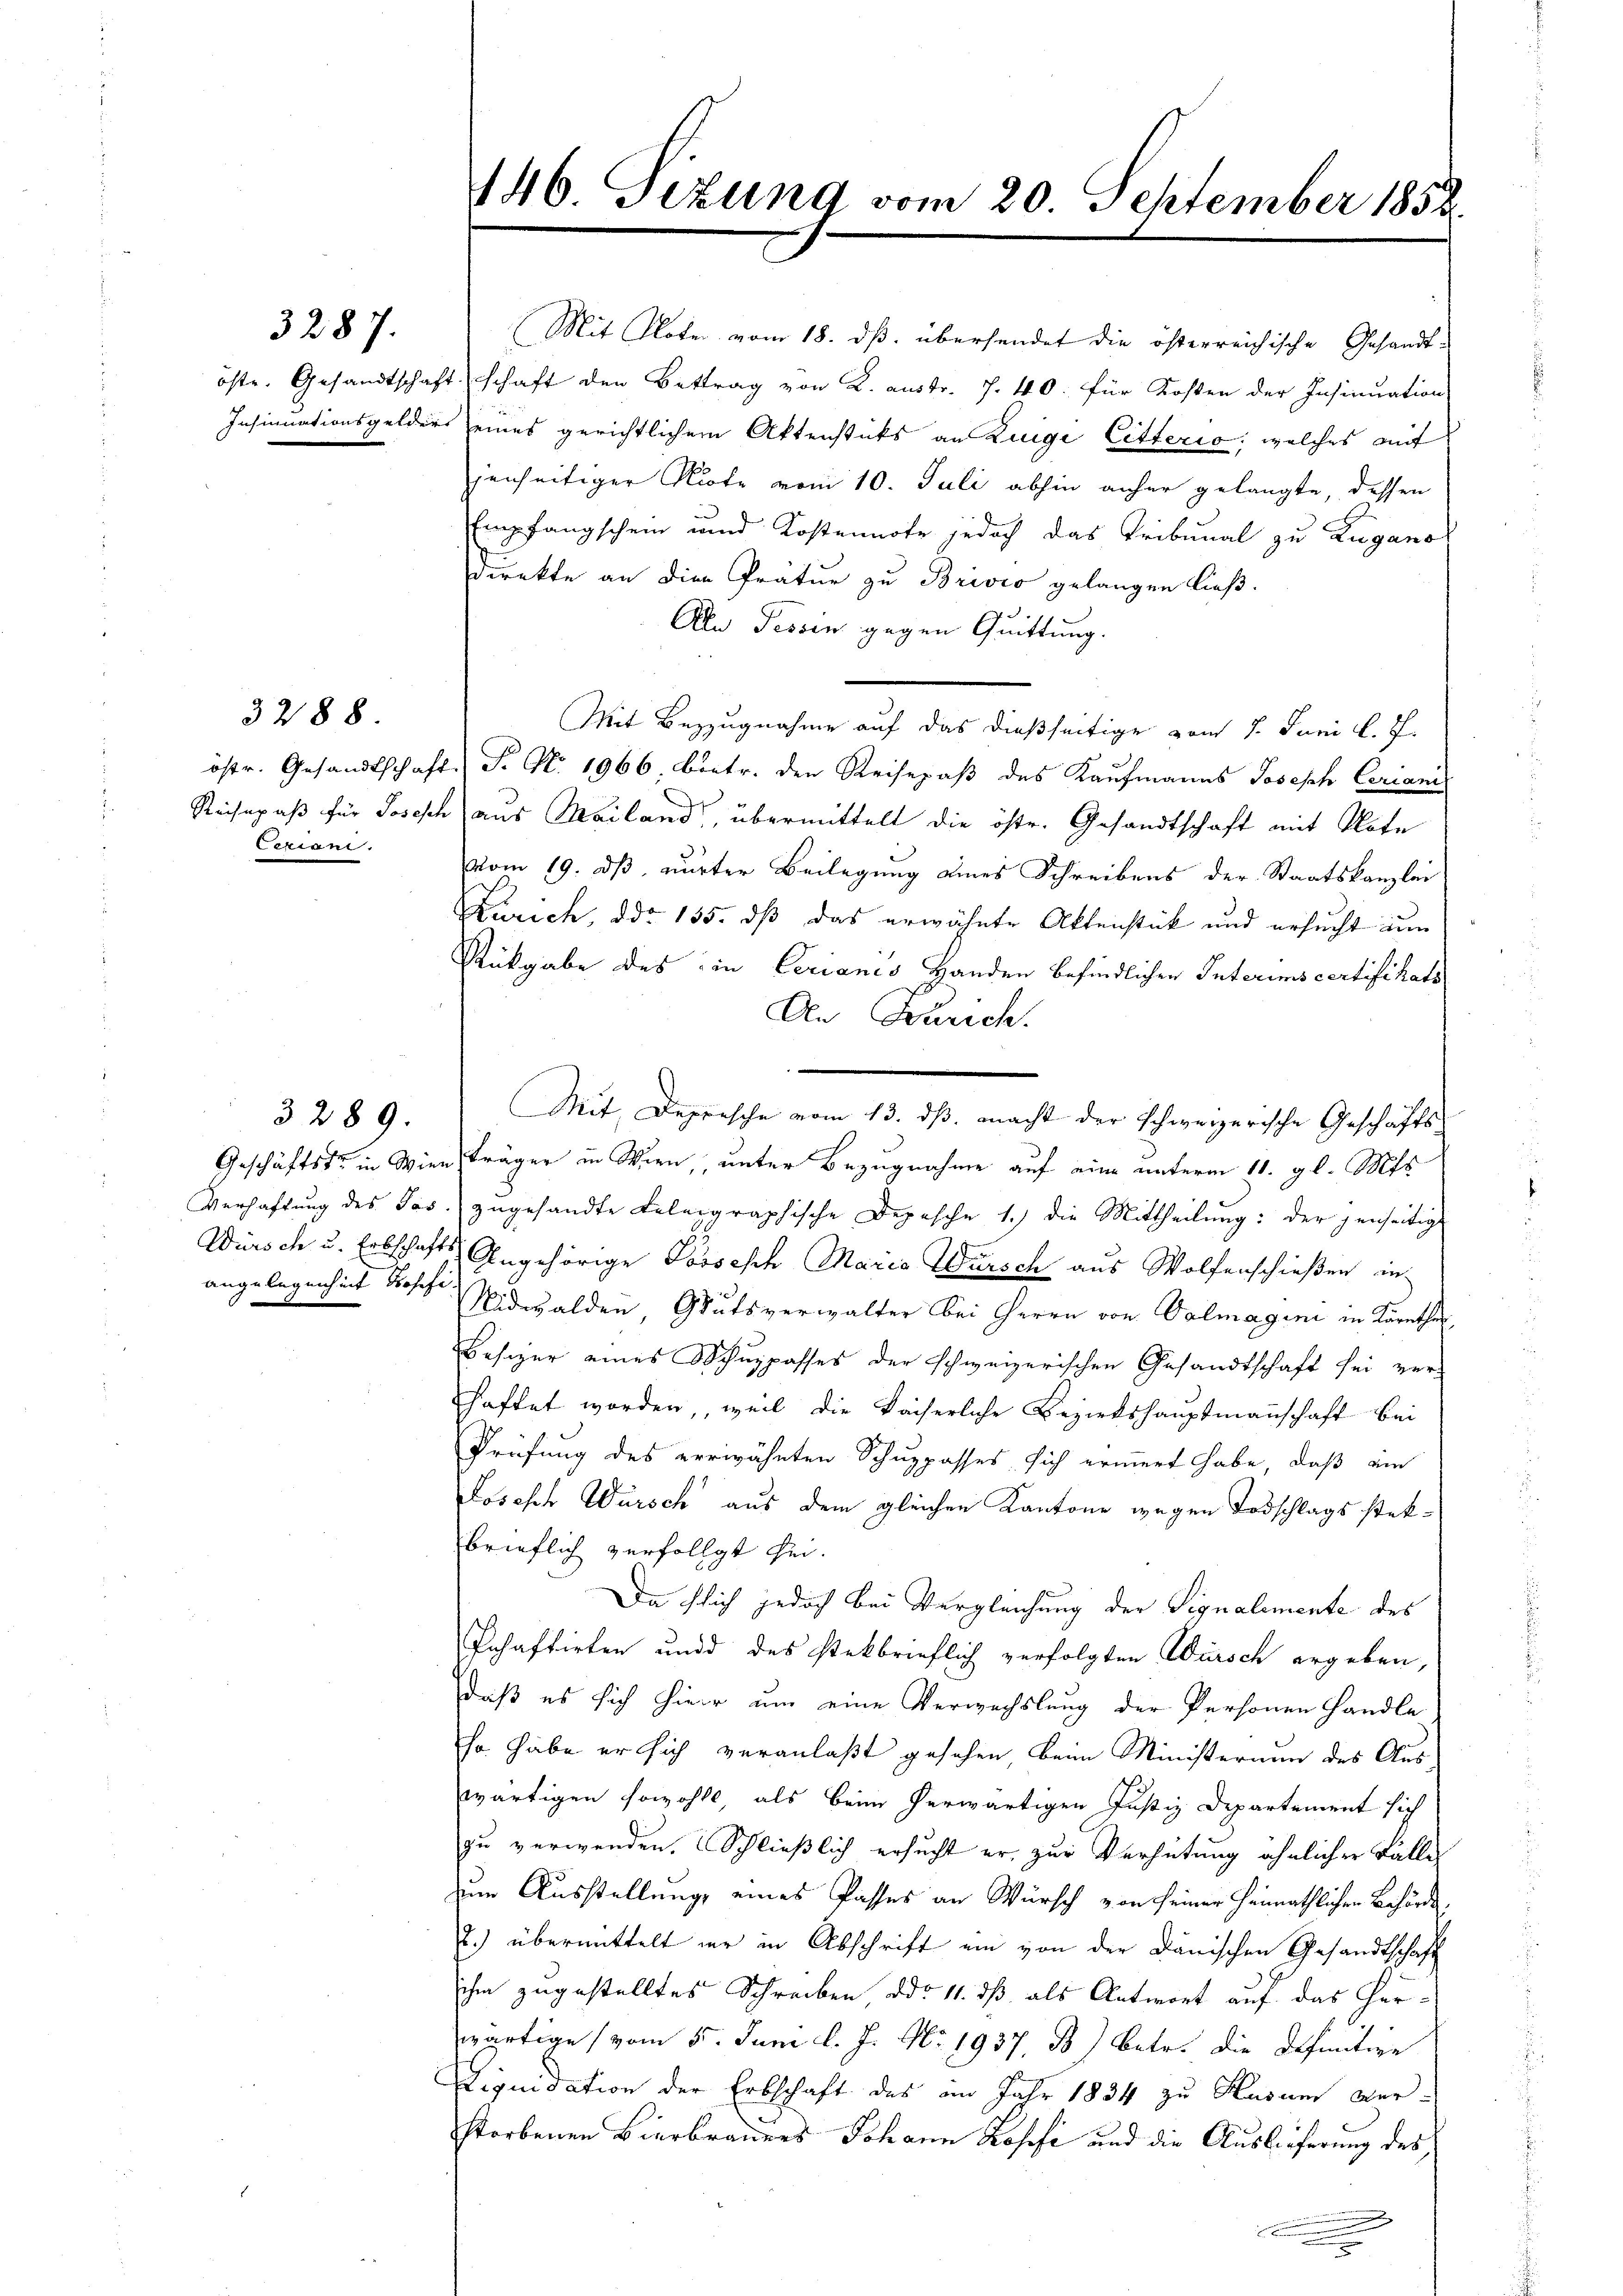
öste. Gesandtschaft

3287.

3288.

östr. Gesandtschaft
Reisepaß für Josesch
Cerian.

Geschäftst in Wien
Verhaftung des Pas
Würsch u. Erbschaft
angelegenheit Poschi

3289.

146. Sezung vom 20. September 1852

(Mit Noter vom 18. ds. übersendet die österreichische Gesandt-
2.schaft den Bettrag von K. austr. 7. 40. für Kosten der Insinuation
Insinuationsgelders eines gerichtlichem Aktenstücks an Luigi Citterio, welches mit
jenseitiger Note vom 10. Juli abhin anher gelangte, dessen
Empfangschein und Kostennote jedoch das Tribunal zu Lugano
Direkte an die Prätur zu Brivio gelangen ließ.
Aln Tessin gegen Quittung.
Mit Bezugnahme auf das dießseitige vom 7. Juni l. J.
d. Fr. No. 1966. betr. den Reisepaß des Kaufmanns Joseph Cerianis
aus Mailand, übermittelt die öste. Gesandtschaft mit Note
vom 19. dß vurter Beilegung eines Schreibens der Staatskanzlei
Zürich, ddo 135. dß das erwähnte Aktenstück und ersucht un
Rückgabe des in Cerianis Handen befindlichen Interims certifikats
An Zürich.
Fräger in Wien,, unter Bezugnahme auf eine unterm 11. gl. Mts.
zugesandte Belegraphische Depesche 1.) die Mittheilung: der jenseitigt
 Angehörige Possesch Maria Wursch aus Wolfenschießen in
Nidwalden Gutsverwalter bei Herrn von Valmagini in Kärnthe
Besizer eines Schuppasses der schweizerischen Gesandtschaft sei ver-
haftet worden, weil die kaiserliche Bezirkshauptmannschaft bei
Prüfung des verwähnten Schuppasses sich erinnert habe, daß ein
Joseph Würsch aus dem gleichen Kantone wegen Todschlags stekbrieflich verfolgt sei.
Da flich jedoch bei Vergleichung der Signalemente des
Pnhaftirten und des steckbrieflich verfolgten Würsch ergeben,
daß es sich hier um eine Verwechslung der Personen Handle
so habe er sich veranlaßt gesehen, beim Ministeraum des Aus
wärtigen sowohl, als beim herwärtigen Justiz Departement sich
zu verwenden. Schließlich ersucht er, zur Verhütung ähnlicher Fälle
zum Ausstellung eines Passes an Wursch von seiner Heimathlichen Behörde
2.) übermittelt wir in Abschrift ein von der Dänischen Gesandtschaft
ihm zugestelltes Schreiben ddo 11. dß als Antwort auf das Herwärtige vom 5. Juni l. J. No. 1937. B.) Betr. die Definitive
Liquidation der Erbschaft des im Jahr 1834 zu Husum verstorbenen Bierbrauers Johann Kopfe und die Auslieferung des

Mit Depresche vom 13. ds. macht der schweizerische Geschäfts-